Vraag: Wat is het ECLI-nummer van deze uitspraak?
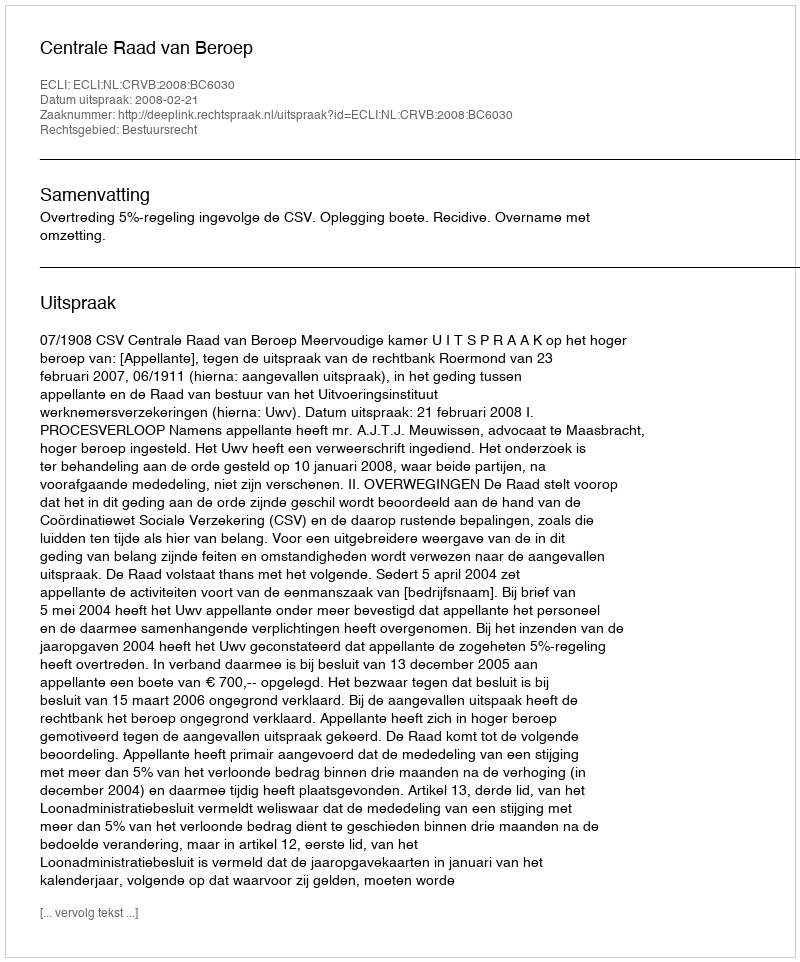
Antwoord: ECLI:NL:CRVB:2008:BC6030